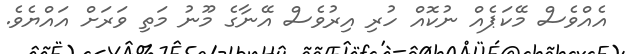
އެއްވެސް މޭކަޕެއް ނުކޮއް ހުރި އިރުވެސް އޭނާގެ މޫނު މަތި ވަރަށް އައްޔެވެ.